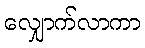
လျှောက်လာကာ